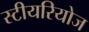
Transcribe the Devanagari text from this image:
स्टीयरियोज